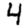
Digit: 4